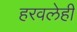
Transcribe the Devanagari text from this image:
हरवलेही